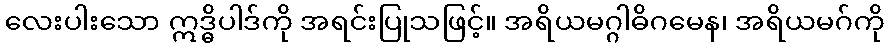
လေးပါးသော ဣဒ္ဓိပါဒ်ကို အရင်းပြုသဖြင့်။ အရိယမဂ္ဂါဓိဂမေန၊ အရိယမဂ်ကို